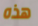
هذه